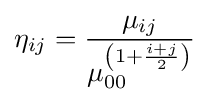
\eta _{ij}={\frac {\mu _{ij}}{\mu _{00}^{\left(1+{\frac {i+j}{2}}\right)}}}\,\!